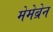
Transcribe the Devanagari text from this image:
मेमेब्रेन